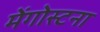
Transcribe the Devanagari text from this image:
मेंगोस्टना